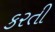
કરતી